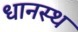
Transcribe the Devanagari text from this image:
धानस्थ